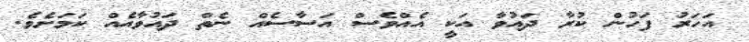
އަހަރު ފަހުން ކުރާ ދައުވާ އަކީ އެއްވެސް އަސާސެއް ނެތް ދައުވާއެއް ކަމަށެވެ.